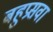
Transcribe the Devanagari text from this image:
बहुप्रसवा